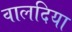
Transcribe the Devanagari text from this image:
वालदिया